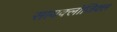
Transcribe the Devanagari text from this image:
सायक्लोजिक्ल